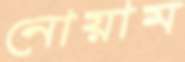
নোয়াম